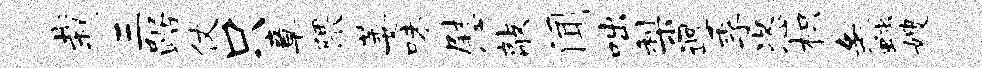
栽三踞仗只章隈萎味慰敲闻咄梨迥季恣枳蠡嫂